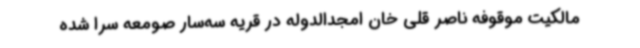
مالکیت موقوفه ناصر قلی خان امجدالدوله در قریه سه‌سار صومعه سرا شده